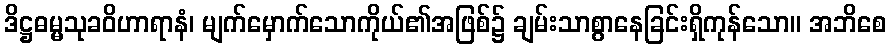
ဒိဋ္ဌဓမ္မသုခဝိဟာရာနံ၊ မျက်မှောက်သောကိုယ်၏အဖြစ်၌ ချမ်းသာစွာနေခြင်းရှိကုန်သော။ အဘိစေ